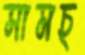
সামচ্